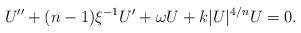
LaTeX: \begin{align*}U'' + (n-1)\xi^{-1} U' +\omega U +k|U|^{4/n}U =0.\end{align*}